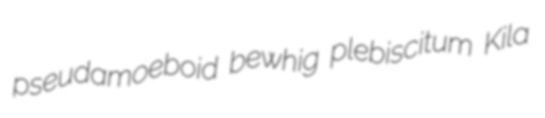
pseudamoeboid bewhig plebiscitum Kila